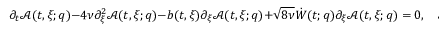
\partial _ { t } \mathcal { A } ( t , \xi ; q ) - 4 \nu \partial _ { \xi } ^ { 2 } \mathcal { A } ( t , \xi ; q ) - b ( t , \xi ) \partial _ { \xi } \mathcal { A } ( t , \xi ; q ) + \sqrt { 8 \nu } \dot { W } ( t ; q ) \partial _ { \xi } \mathcal { A } ( t , \xi ; q ) = 0 , \quad \mathcal { A } ( 0 , \xi ; q ) = \xi ,